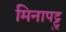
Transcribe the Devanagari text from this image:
मिनापट्टु